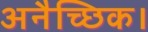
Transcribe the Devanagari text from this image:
अनैच्छिक।